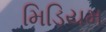
મિડિયમ